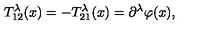
T _ { 1 2 } ^ { \lambda } ( x ) = - T _ { 2 1 } ^ { \lambda } ( x ) = \partial ^ { \lambda } \varphi ( x ) ,